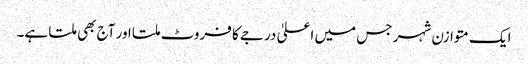
ایک متوازن شہر جس میں اعلیٰ درجے کا فروٹ ملتا اور آج بھی ملتا ہے۔